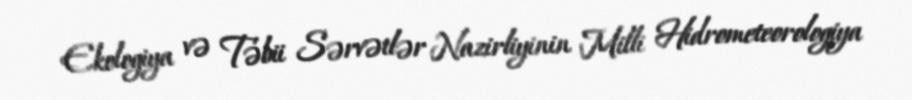
Ekologiya və Təbii Sərvətlər Nazirliyinin Milli Hidrometeorologiya